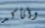
وأتأكد